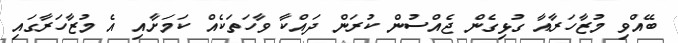
ބޭއްވި މުޒާހަރާއާ ގުޅިގެން ޖެއްސުން ކުރަން ދައްކާ ވާހަތަކެއް ކަމަށާއި އެ މުޒާހަރާގައި